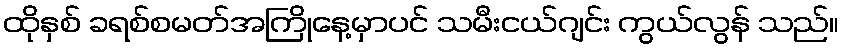
ထိုနှစ် ခရစ်စမတ်အကြိုနေ့မှာပင် သမီးငယ်ဂျင်း ကွယ်လွန် သည်။